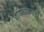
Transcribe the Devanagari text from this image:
गायनप्रकारही